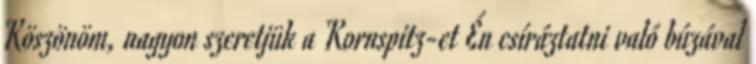
Köszönöm, nagyon szeretjük a Kornspitz-et Én csíráztatni való búzával